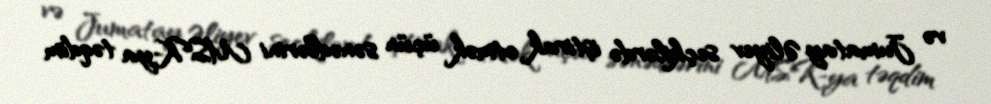
və Jumatay Əliyev seçkilərdə iştirak etmək üçün sənədlərini MSK-ya təqdim